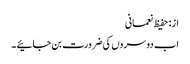
از: حفیظ نعمانی
اب دوسروں کی ضرورت بن جائیے ۔